Indian journal of veterinary science and animal husbandry - Volumes 26-27, 1956-1957
Year: 1956
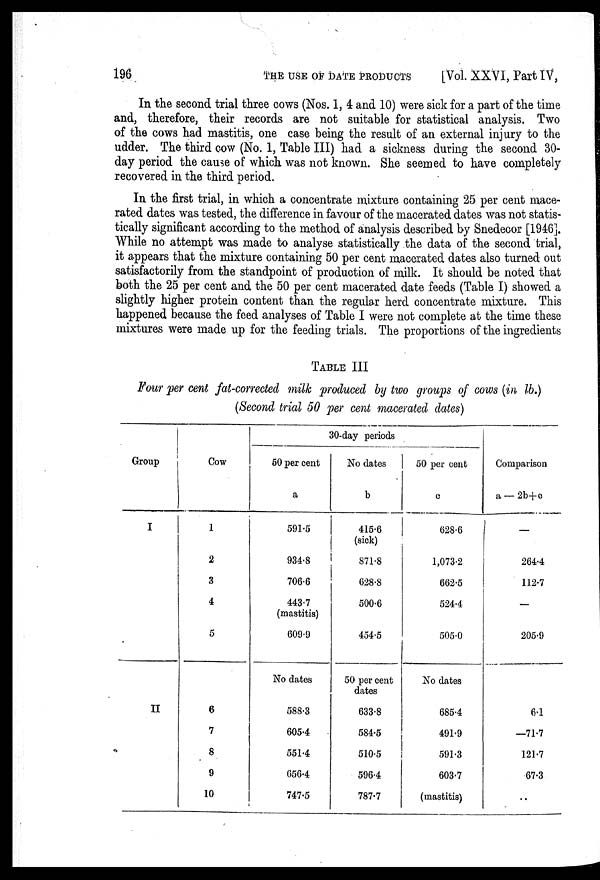
196
THE
USE
OF
DATE
PRODUCTS
[Vol. XXVI, Part IV,
In the second trial three cows (Nos. 1, 4 and 10) were sick for a part of the time
and, therefore, their records are not suitable for statistical analysis. Two
of the cows had mastitis, one case being the result of an external injury to the
udder. The third cow (No. 1, Table III) had a sickness during the second 30-
day period the cause of which was not known. She seemed to have completely
recovered in the third period.
In the first trial, in which a concentrate mixture containing 25 per cent mace-
rated dates was tested, the difference in favour of the macerated dates was not statis-
tically significant according to the method of analysis described by Snedecor [1946].
While no attempt was made to analyse statistically the data of the second trial,
it appears that the mixture containing 50 per cent macerated dates also turned out
satisfactorily from the standpoint of production of milk. It should be noted that
both the 25 per cent and the 50 per cent macerated date feeds (Table I) showed a
slightly higher protein content than the regular herd concentrate mixture. This
happened because the feed analyses of Table I were not complete at the time these
mixtures were made up for the feeding trials. The proportions of the ingredients
TABLE III
Four per cent fat-corrected milk produced by two groups of cows (in lb.)
(Second trial 50 per cent macerated dates)
Group
I
II
Cow
1
2
3
4
5
6
7
8
9
10
30-day periods
50 per cent
a
591.5
934.8
706.6
443.7
(mastitis)
609.9
No dates
588.3
605.4
551.4
656.4
747.5
No dates
b
415.6
(sick)
871.8
628.8
500.6
454.5
50 per cent
dates
633.8
584.5
510.5
596.4
787.7
50 per cent
c
628.6
1,073.2
662.5
524.4
505.0
No dates
685.4
491.9
591.3
603.7
(mastitis)
Comparison
a —2b+c
—
264.4
112.7
—
205.9
6.1
—71.7
121.7
67.3
..